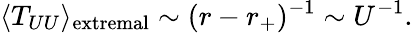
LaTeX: \langle T_{UU}\rangle_{\mathrm{extremal}}\sim(r-r_{+})^{-1}\sim U^{-1}.